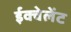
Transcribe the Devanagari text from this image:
ईक्वेलेंट